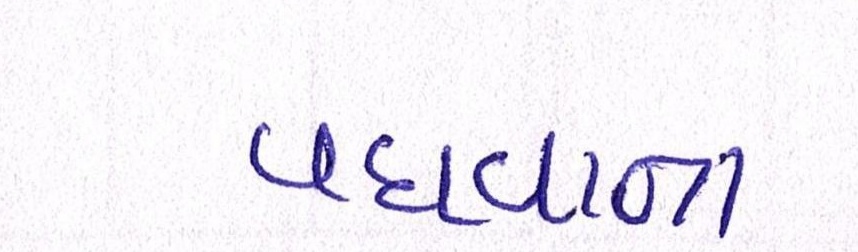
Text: વધવાના